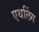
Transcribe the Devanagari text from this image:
एथलिंग